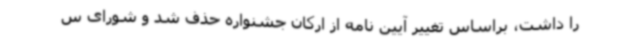
را داشت، براساس تغییر آیین نامه از ارکان جشنواره حذف شد و شورای س